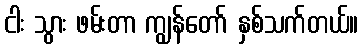
ငါး သွား ဖမ်းတာ ကျွန်တော် နှစ်သက်တယ်။